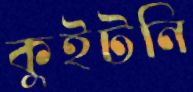
কুইটনি